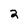
Character: 2